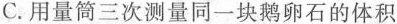
C.用量筒三次测量同一块鹅卵石的体积